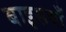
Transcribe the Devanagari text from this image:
बाइसवाँ